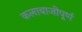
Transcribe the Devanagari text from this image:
कलाबाजीपूर्ण